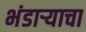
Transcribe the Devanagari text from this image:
भंडाऱ्याचा